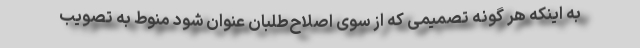
به اینکه هر گونه تصمیمی که از سوی اصلاح‌طلبان عنوان شود منوط به تصویب